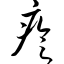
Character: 疹